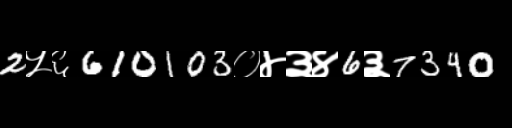
Text: 2५६610103०४३४6३7340